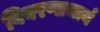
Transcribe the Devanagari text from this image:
विवरणाचार्य